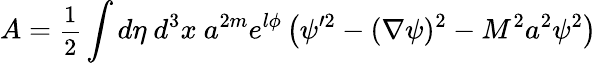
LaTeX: A={\small\frac{1}{2}}\int d\eta\ d^{3}x\ a^{2m}e^{l\phi}\left(\psi^{\prime 2}-(\nabla\psi)^{2}-M^{2}a^{2}\psi^{2}\right)